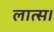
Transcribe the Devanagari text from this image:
लात्स।